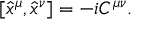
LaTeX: [ \hat { x } ^ { \mu } , \hat { x } ^ { \nu } ] = - i C ^ { \mu \nu } .